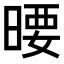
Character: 𣉋